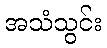
အသံသွင်း